Lunatic asylums Punjab 1881-1894 - 1881-1894
Year: 1881
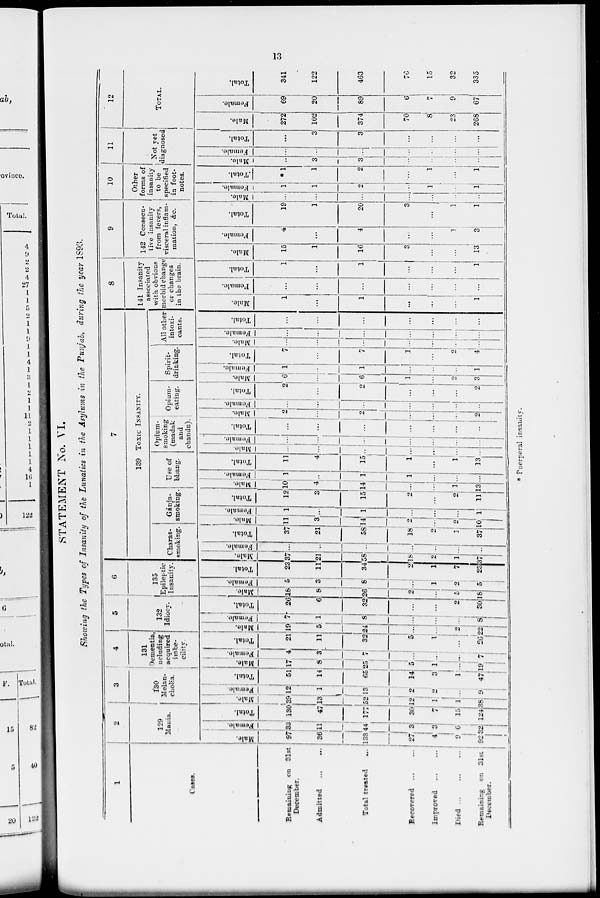
13
STATEMENT No. VI.
Showing the Types of Insanity of the Lunatics in the Asylums in the Punjab, during the year 1893.
1
Cases.
Remaining
on 31st
December.
Admitted
...
...
Total treated
...
Recovered
...
...
Improved
...
...
Died
...
...
...
Remaining
on 31
st
December.
2
129
Mania.
Male.
97
36
133
27
4
9
92
Female.
33
11
44
3
3
6
32
Total.
130
47
177
30
7
15
124
3
130
Melan-
cholia.
Male.
39
13
52
12
1
1
38
Female.
12
1
13
2
2
...
9
Total.
51
14
65
14
3
1
47
4
131
Dementia,
iucluding
acquired
imbe-
cility.
Male.
17
8
25
5
1
...
19
Female.
4
3
7
...
...
...
7
Total.
21
11
32
5
1
...
26
5
132
Idiocy.
Male.
19
5
24
...
...
2
22
Female.
7
1
8
...
...
...
8
Total.
26
6
32
...
...
2
30
6
135
Epileptic
Iusanity.
Male.
18
8
26
2
...
5
18
Female.
5
3
8
...
1
2
5
Total.
23
11
34
2
1
7
23
7
139 TOXIC INSANITY.
Charas-
smoking.
Male.
37
21
58
18
2
1
37
Female.
...
...
...
...
...
...
...
Total.
37
21
58
18
2
1
37
Gánja-
smoking.
Male.
11
3
14
2
...
2
10
Female.
1
...
1
...
...
...
1
Total.
12
3
15
2
...
2
11
Use of
! bhang.
Male.
10
4
14
... ...
1
13
Female.
1
...
1
1
...
...
...
Total.
11
4
15
1
...
1
13
Opium-
smoking
(madak
and
chandn).
Male.
...
...
...
...
...
...
...
Female.
...
...
...
...
...
...
...
Total.
...
...
...
...
....
...
...
Opium-
eating.
Male.
2
...
9
...
...
...
2
Female.
...
...
...
...
...
...
...
Total.
2
...
...
...
...
...
2
Spirit-
drinking.
Male.
6
...
6
1
...
2
3
Female.
1
...
...
...
...
...
1
Total.
7
...
...
1
...
2
4
All other
intoxi-
cants.
Male.
...
...
...
...
...
...
...
Female.
...
...
...
...
...
...
...
Total.
...
...
...
...
...
...
...
8
141 Insanity
associated
with obvious
morbid change
or changes
in the brain.
Male.
1
...
1
...
...
...
1
Female.
...
...
...
...
...
...
...
Total.
1
...
1
...
...
...
1
9
142 Consecu-
tive insanity
from fevers,
visceral inflam-
mation, &c.
Male.
15
1
16
3
...
...
13
Female.
4
...
4
...
...
1
3
Total.
19
1
20
3
...
1
1
10
Other
forms of
insanity
to be
specified
in foot-
notes.
Male.
...
...
...
...
...
...
...
Female.
1
1
2
...
1
...
1
Total.
*1
1
2
...
1
...
1
11
Not yet
diagnosed
Male.
...
3
3
...
...
...
...
Female.
...
...
...
...
...
...
...
Total.
...
3
3
...
...
...
...
12
TOTAL.
Male.
272
102
374
70
8
23
268
Female.
69
20
89
6
7
9
67
Total.
341
122
463
76
15
32
335
* Puerperal insanity.